Calcutta medical institutions reports 1892-1900
Year: 1892
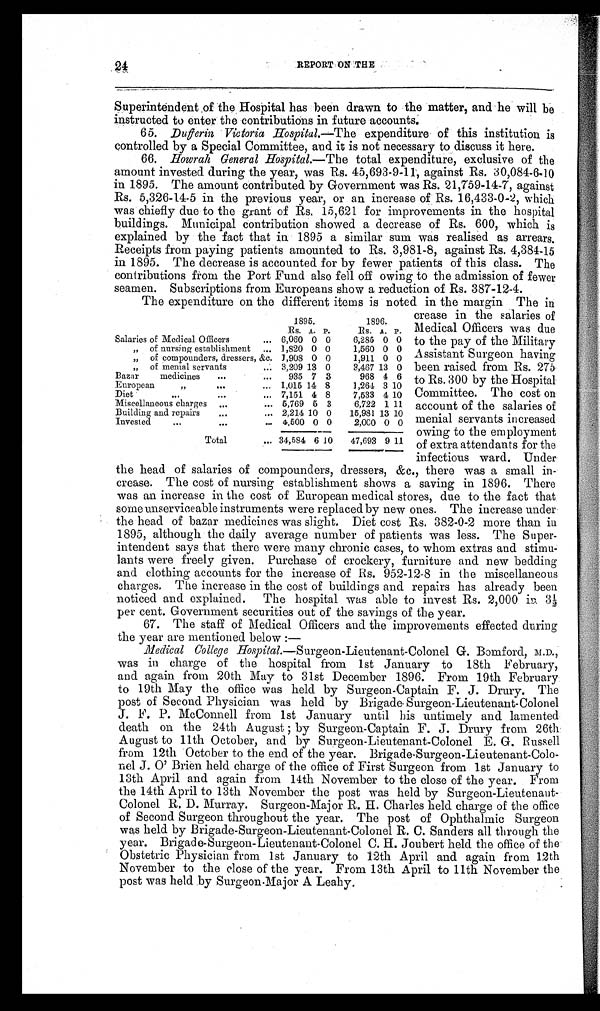
REPORT ON THE
Superintendent of the Hospital has been drawn to the matter, and he will be
instructed to enter the contributions in future accounts.
65. Dufferin Victoria Hospital. —The expenditure of this institution is
controlled by a Special Committee, and it is not necessary to discuss it here.
66. Howrah General Hospital. —The total expenditure, exclusive of the
amount invested during the year, was Rs. 45,693-9-11, against Rs. 30,084-6-10
in 1895. The amount contributed by Government was Rs. 21,759-14-7, against
Rs. 5,326-14-5 in the previous year, or an increase of Rs. 16,433-0-2, which
was chiefly due to the grant of Rs. 15,621 for improvements in the hospital
buildings. Municipal contribution showed a decrease of Rs. 600, which is
explained by the fact that in 1895 a similar sum was realised as arrears.
Receipts from paying patients amounted to Rs. 3,981-8, against Rs. 4,384-15
in 1895. The decrease is accounted for by fewer patients of this class. The
contributions from the Port Fund also fell off owing to the admission of fewer
seamen. Subscriptions from Europeans show a reduction of Rs. 387-12-4.
The expenditure on the different items is noted in the margin The in
24
1895.
1896.
Rs. A. P.
Rs. A. P.
Salaries of Medical Officers
... 6,060 0 0
6,285 0 0
„ of nursing establishment ... 1,820 0 0
1,560 0 0
„ of compounders, dressers, &c. 1,908 0 0
1,911 0 0
„ of menial servants
... 3,209 13 0
3,467 13 0
Bazar medicines
. . .
...
935 7 3
968 4 6
European ,,
. . .
... 1,015 14 8
1,264 3 10
Diet
. . .
. . .
. . . 7,151 4 8
7,533 4 10
Miscellaneous charges . . .
... 5,769 5 3
6,722 1 11
Building and repairs
,,,
,.. 2,214 10 0
15,981 13 10
Invested
...
. . .
... 4,500 0 0
2,000 0 0
Total
... 34,584 6 10
47,693 9 11
crease in the salaries of
Medical Officers was due
to the pay of the Military
Assistant Surgeon having
been raised from Rs. 275
to Rs. 300 by the Hospital
Committee. The cost on
account of the salaries of
menial servants increased
owing to the employment
of extra attendants for the
infectious ward. Under
the head of salaries of compounders, dressers, &c., there was a small in-
c r e a s e . T h e c o s t o f n u r s i n g e s t a b l i s h m e n t s h o w s a s a v i n g i n 1 8 9 6 . T h e r e
was an increase in the cost of European medical stores, due to the fact that
some unserviceable instruments were replaced by new ones. The increase under
the head of bazar medicines was slight. Diet cost Rs. 382-0-2 more than in
1895, although the daily average number of patients was less. The Super-
intendent says that there were many chronic cases, to whom extras and stimu-
lants were freely given. Purchase of crockery, furniture and new bedding
and clothing accounts for the increase of Rs. 952-12-8 in the miscellaneous
c h a r g e s . T h e i n c r e a s e i n t h e c o s t o f b u i l d i n g s a n d r e p a i r s h a s a l r e a d y b e e n
noticed and explained. The hospital was able to invest Rs. 2,000 in 3½
per cent. Government securities out of the savings of the year.
67. The staff of Medical Officers and the improvements effected during
the year are mentioned below :—
Medical College Hospital. —Surgeon-Lieutenant-Colonel G. Bamford, M.D.,
was in charge of the hospital from 1st January to 18th February,
and again from 20th May to 31st December 1896. From 19th February
to 19th May the office was held by Surgeon-Captain F. J. Drury. The
post of Second Physician was held by Brigade Surgeon-Lieutenant-Colonel
J. F. P. McConnell from 1st January until his untimely and lamented
death on the 24th August ; by Surgeon-Captain F. J. Drury from 26th
August to 11th October, and by Surgeon-Lieutenant-Colonel E. G. Russell
from 12th October to the end of the year. Brigade-Surgeon-Lieutenant-Colo-
nel J. O' Brien held charge of the office of First Surgeon from 1st January to
13th April and again from 14th November to the close of the year. From
the 14th April to 13th November the post was held by Surgeon-Lieutenant-
Colonel R. D. Murray. Surgeon-Major R. H. Charles held charge of the office
of Second Surgeon throughout the year. The post of Ophthalmic Surgeon
was held by Brigade-Surgeon-Lieutenant-Colonel R. C. Sanders all through the
year. Brigade-Surgeon-Lieutenant-Colonel C. H. Joubert held the office of the
Obstetric Physician from 1st January to 12th April and again from 12th
November to the close of the year. From 13th April to 11th November the
post was held by Surgeon-Major A Leahy.